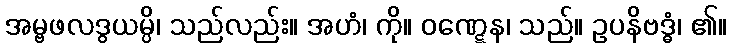
အမ္ဗဖလဒွယမ္ပိ၊ သည်လည်း။ အဟံ၊ ကို။ ဝဏ္ဋေန၊ သည်။ ဥပနိဗဒ္ဓံ၊ ၏။